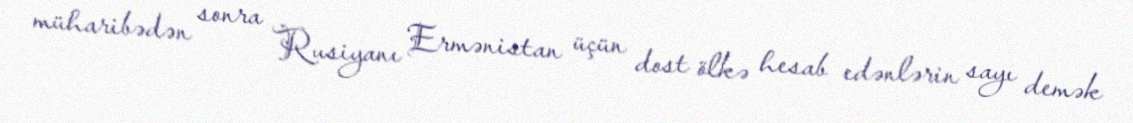
müharibədən sonra Rusiyanı Ermənistan üçün dost ölkə hesab edənlərin sayı demək